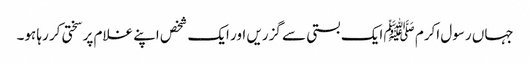
جہاں رسول اکرم ﷺ ایک بستی سے گزریں اور ایک شخص اپنے غلام پر سختی کر رہا ہو۔